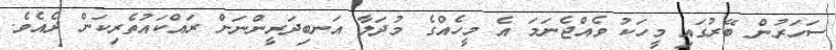
ސަހަރުން ބޭރުގައި މީހަކު ވެއްޖެނަމަ އެ މީހެއްގެ މުދަލާ އަނބިދަރީންނަށް ރައްކައުތެރިކަން ދެއެވެ.